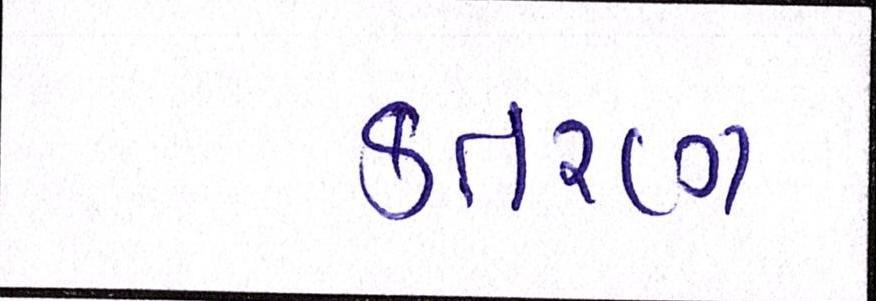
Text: કતરણ